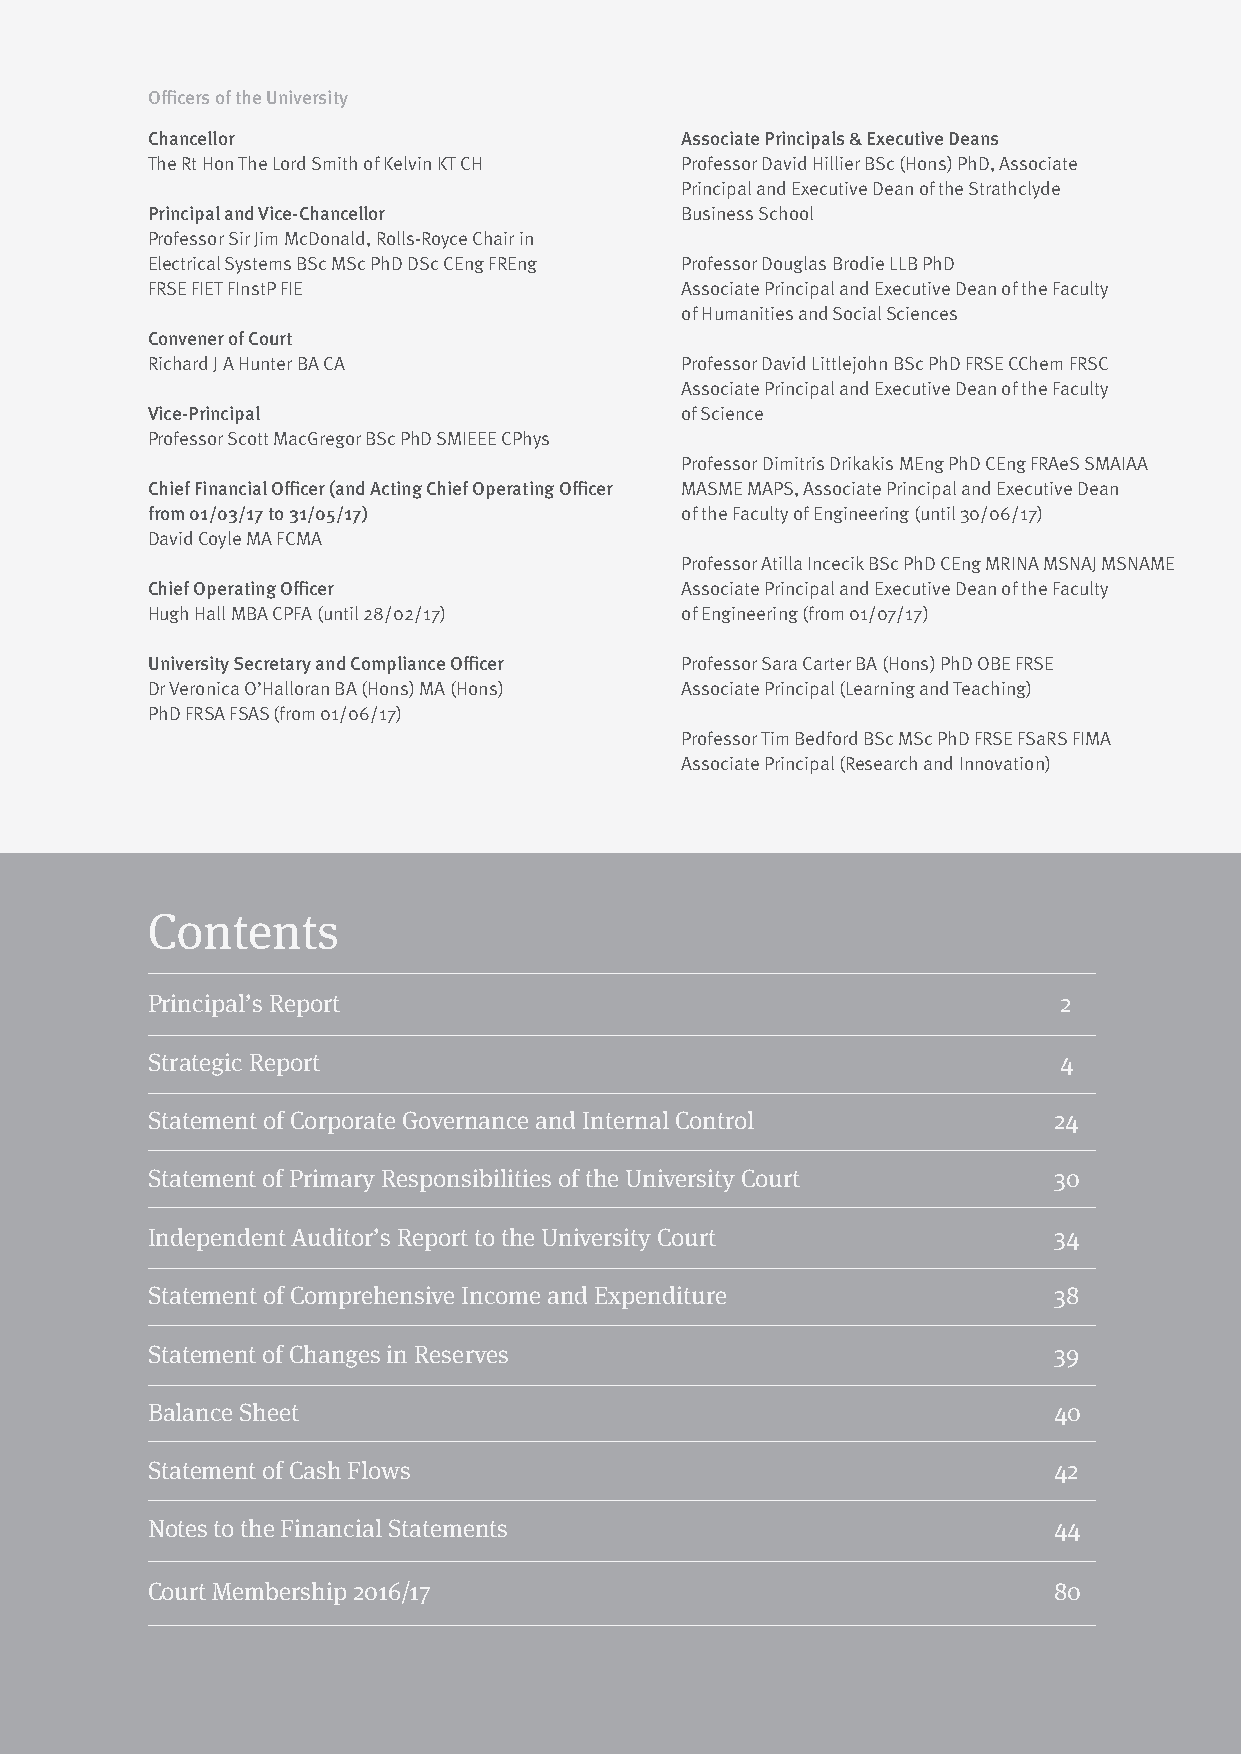
Officers of the University
 Chancellor                         Associate Principals & Executive Deans
 The Rt Hon The Lord Smith of Kelvin KT CH Professor David Hillier BSc (Hons) PhD, Associate
 Principal and Executive Dean of the Strathclyde
 Principal and Vice-Chancellor      Business School
 Professor Sir Jim McDonald, Rolls-Royce Chair in
 Electrical Systems BSc MSc PhD DSc CEng FREng Professor Douglas Brodie LLB PhD
 FRSE FIET FInstP FIE               Associate Principal and Executive Dean of the Faculty
 of Humanities and Social Sciences
 Convener of Court
 Richard J A Hunter BA CA           Professor David Littlejohn BSc PhD FRSE CChem FRSC
 Associate Principal and Executive Dean of the Faculty
 Vice-Principal                     of Science
 Professor Scott MacGregor BSc PhD SMIEEE CPhys
 Professor Dimitris Drikakis MEng PhD CEng FRAeS SMAIAA
 Chief Financial Officer (and Acting Chief Operating Officer MASME MAPS, Associate Principal and Executive Dean
 from 01/03/17 to 31/05/17)         of the Faculty of Engineering (until 30/06/17)
 David Coyle MA FCMA
 Professor Atilla Incecik BSc PhD CEng MRINA MSNAJ MSNAME
 Chief Operating Officer            Associate Principal and Executive Dean of the Faculty
 Hugh Hall MBA CPFA (until 28/02/17) of Engineering (from 01/07/17)
 University Secretary and Compliance Officer Professor Sara Carter BA (Hons) PhD OBE FRSE
 Dr Veronica O’Halloran BA (Hons) MA (Hons) Associate Principal (Learning and Teaching)
 PhD FRSA FSAS (from 01/06/17)
 Professor Tim Bedford BSc MSc PhD FRSE FSaRS FIMA
 Associate Principal (Research and Innovation)
 Contents
 Principal’s Report                                          2
 Strategic Report                                            4
 Statement of Corporate Governance and Internal Control      24
 Statement of Primary Responsibilities of the University Court 30
 Independent Auditor’s Report to the University Court        34
 Statement of Comprehensive Income and Expenditure           38
 Statement of Changes in Reserves                            39
 Balance Sheet                                               40
 Statement of Cash Flows                                     42
 Notes to the Financial Statements                           44
 Court Membership 2016/17                                    80